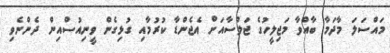
މައްސަލަ މާދަމާ ބާއްވާ މަޖިލީހުގެ ޖަލްސާއަށް އެޖެންޑާ ކުރުމާއި ގުޅިގެން ވީނިއުސްއިން ދެންނެވި